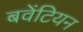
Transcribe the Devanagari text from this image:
बवेंटियन